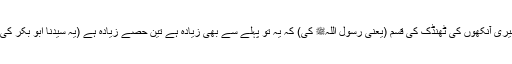
وہ بولی کہ میری آنکھوں کی ٹھنڈک کی قسم (یعنی رسول اللہﷺ کی) کہ یہ تو پہلے سے بھی زیادہ ہے تین حصے زیادہ ہے (یہ سیدنا ابو بکرؓ کی کرامت تھی۔